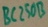
Text: BC250B